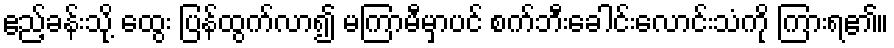
ဧည့်ခန်းသို့ ထွေး ပြန်ထွက်လာ၍ မကြာမီမှာပင် စက်ဘီးခေါင်းလောင်းသံကို ကြားရ၏။